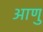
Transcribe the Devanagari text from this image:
आणु